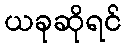
ယခုဆိုရင်